Indian journal of veterinary science and animal husbandry - Volume 9,
Year: 1939
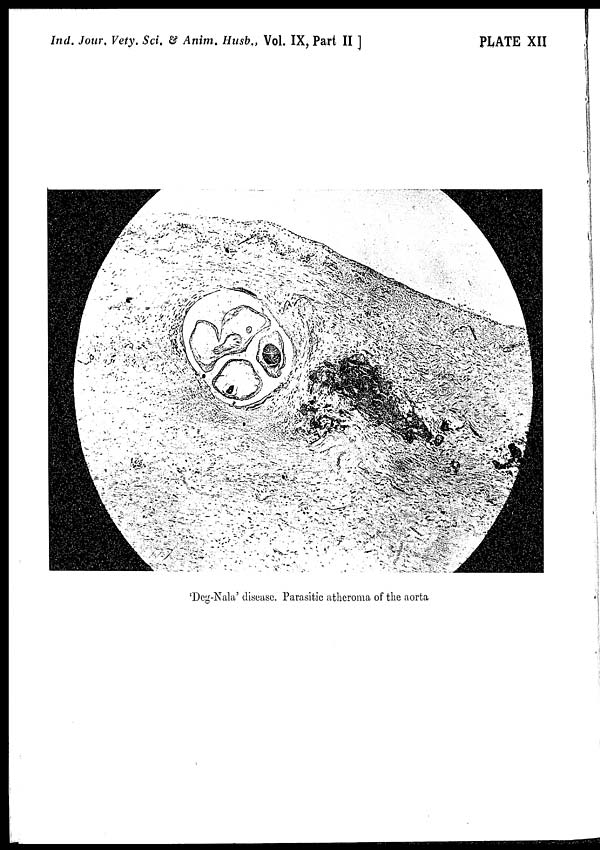
Ind. Jour. Vety. Sci. & Anim. Husb., Vol. IX, Part II ]
PLATE XII
'Deg-Nala' disease. Parasitic atheroma of the aorta